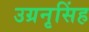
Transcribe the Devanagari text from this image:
उग्रनृसिंह